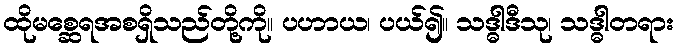
ထိုမစ္ဆေရအစရှိသည်တို့ကို။ ပဟာယ၊ ပယ်၍။ သဒ္ဓါဒီသု၊ သဒ္ဓါတရား